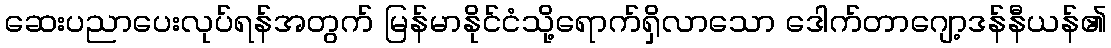
ဆေးပညာပေးလုပ်ရန်အတွက် မြန်မာနိုင်ငံသို့ရောက်ရှိလာသော ဒေါက်တာဂျော့ဒန်နီယန်၏